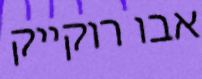
אבו רוקייק